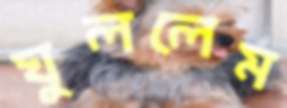
ঘুললেম